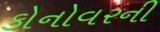
કોનોવરની